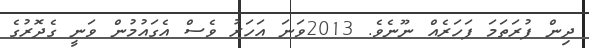
ދިން ފުރަތަމަ ފަހަރެއް ނޫނެވެ. 2013ވަނަ އަހަރު ވެސް އެގައުމުން ވަނީ ގެދޮރުގެ